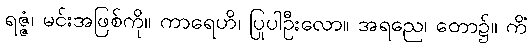
ရဇ္ဇံ၊ မင်းအဖြစ်ကို။ ကာရေဟိ၊ ပြုပါဦးလော။ အရညေ၊ တော၌။ ကိံ